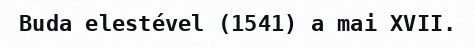
Buda elestével (1541) a mai XVII.